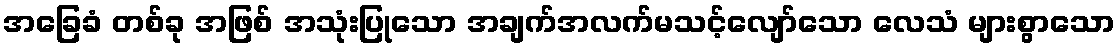
အခြေခံ တစ်ခု အဖြစ် အသုံးပြုသော အချက်အလက်မသင့်လျော်သော လေသံ များစွာသော